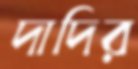
দাদির